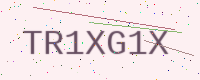
Text: TR1XG1X